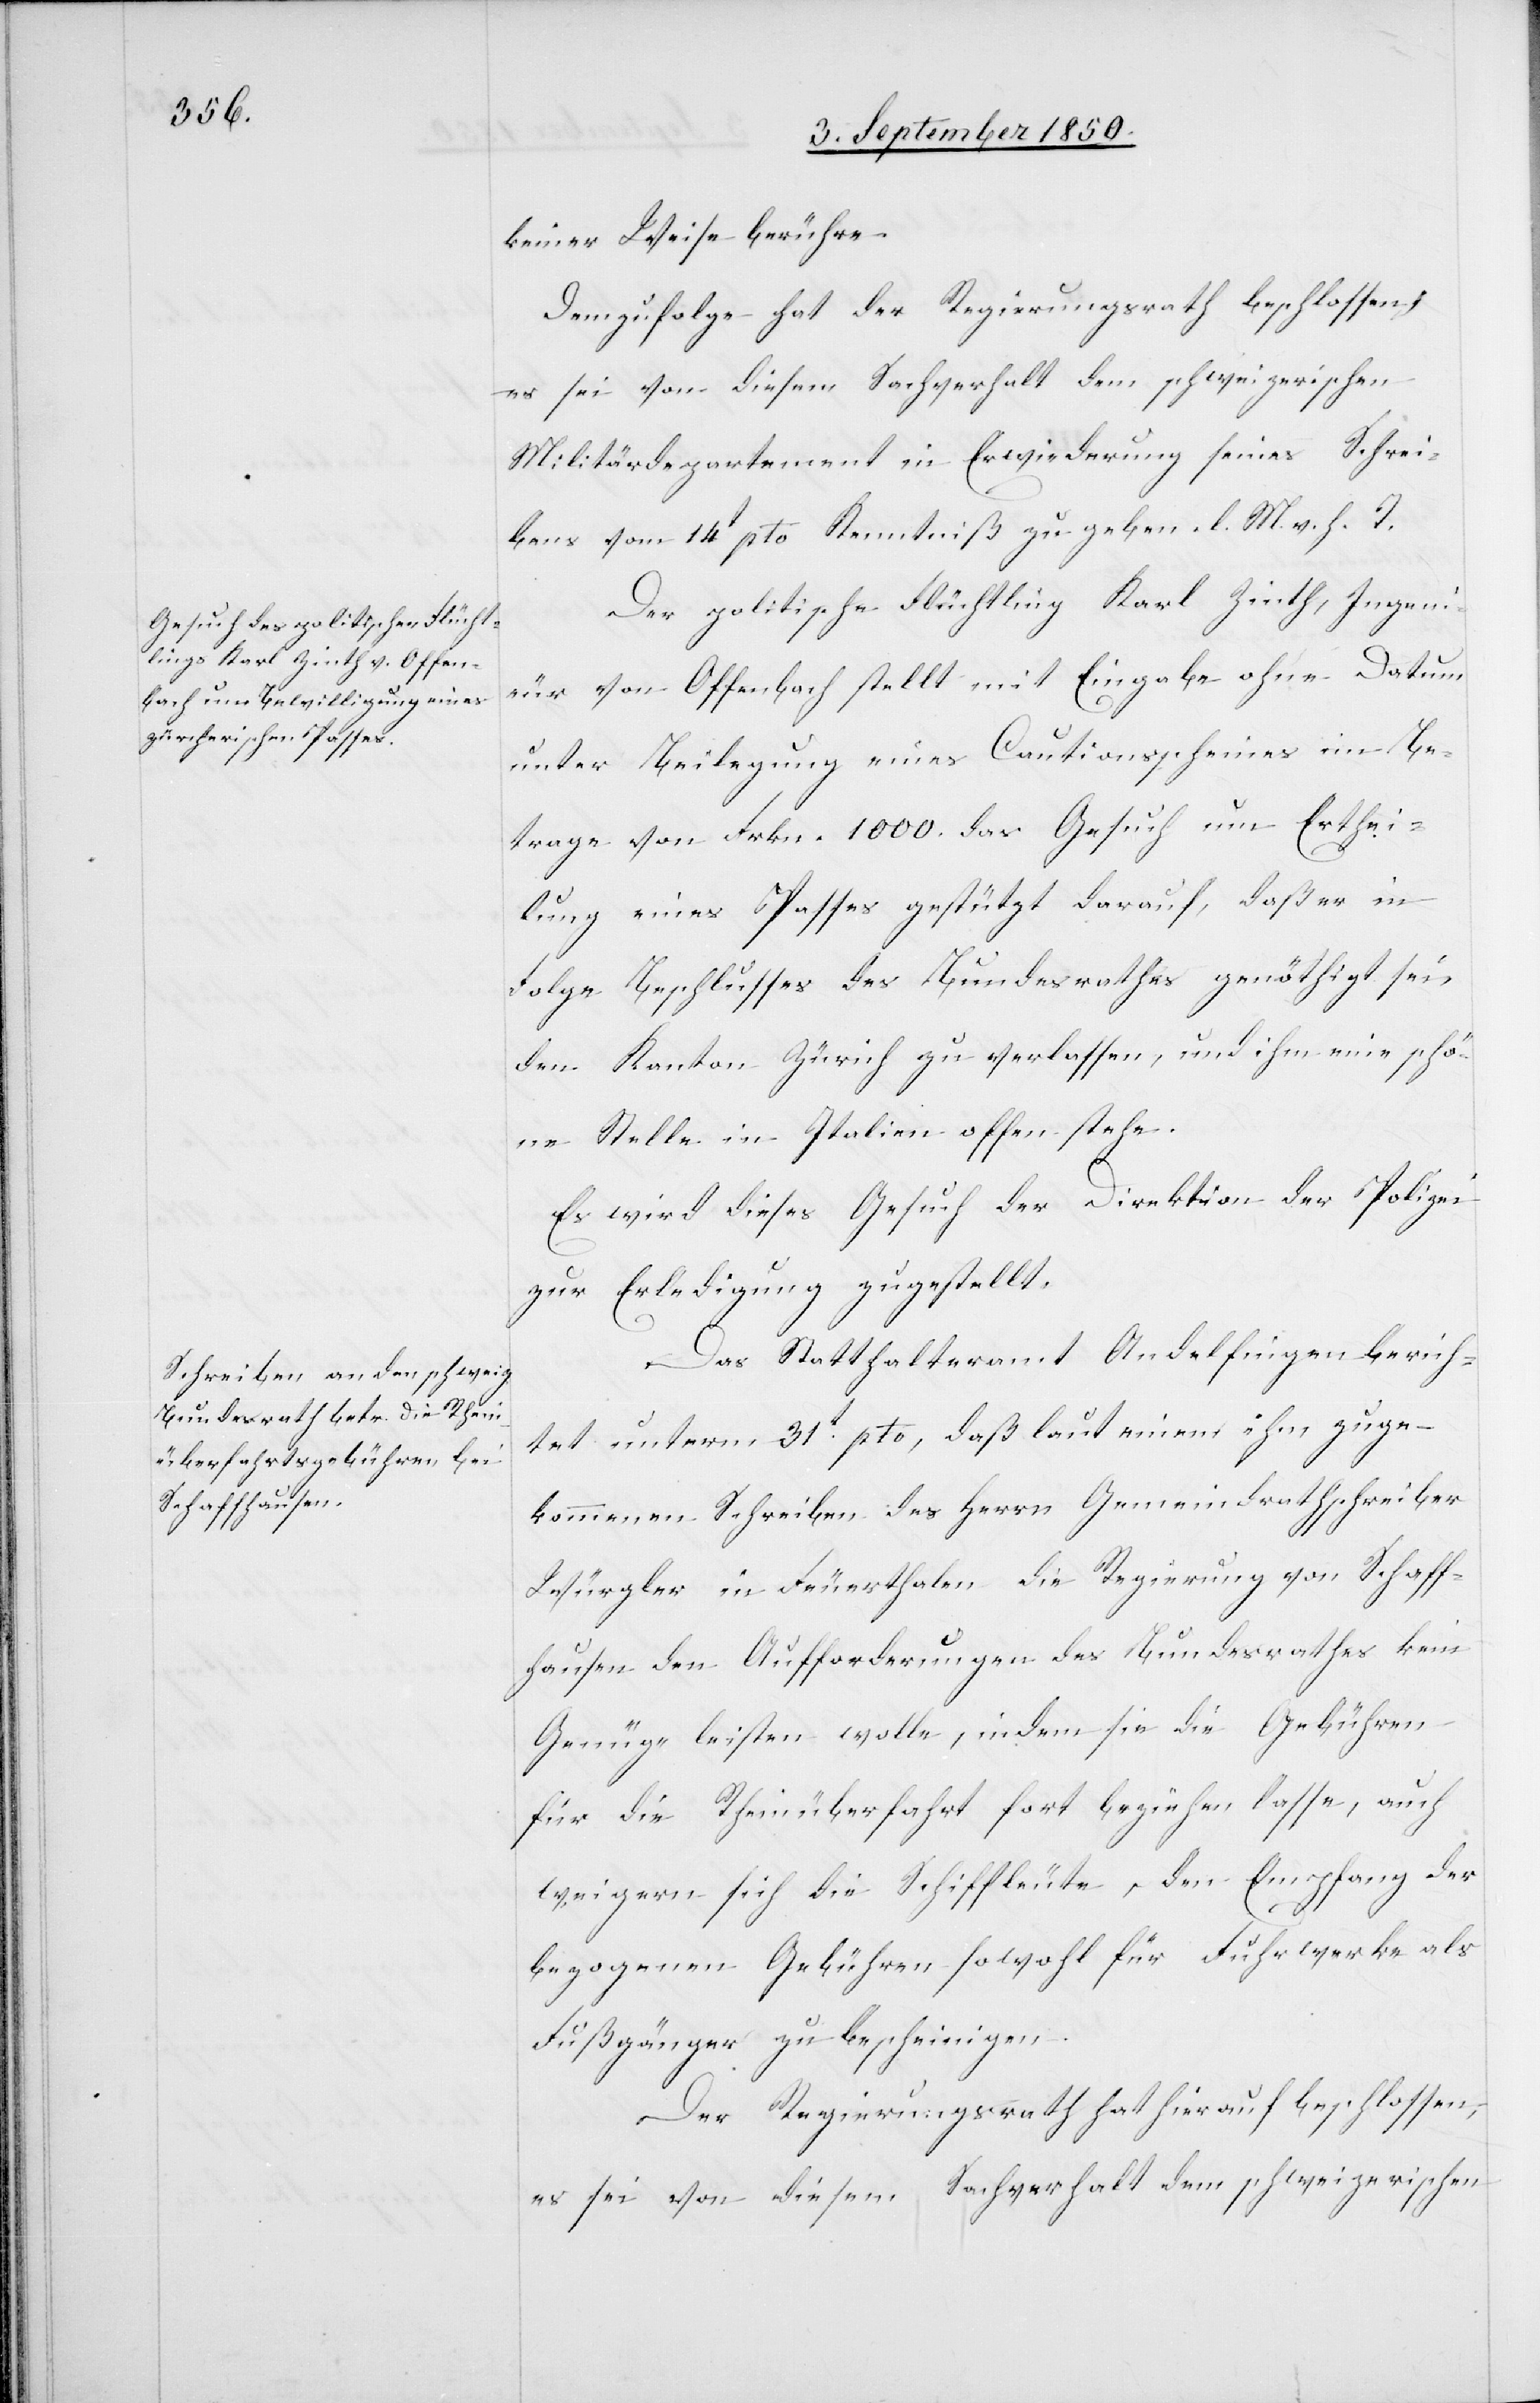
keiner Weise berühre.
Demzufolge hat der Regierungsrath beschlossen,
es sei von diesem Sachverhalt dem schweizerischen
Militärdepartement in Erwiederung seines Schrei¬
bens vom 14t pto Kenntniß zu geben. l. M. v. h. T.
Der politische Flüchtling Karl Zinth, Ingeni¬
eur von Offenbach stellt mit Eingabe ohne Datum
unter Beilegung eines Cautionsscheines im Be¬
trage von Frkn. 1000. das Gesuch um Erthei¬
lung eines Passes gestützt darauf, daß er in
Folge Beschlusses des Bundesrathes genöthigt sei,
den Kanton Zürich zu verlassen, und ihm eine schö¬
ne Stelle in Italien offen stehe.
Es wird dieses Gesuch der Direktion der Polizei
zur Erledigung zugestellt.
Das Statthalteramt Andelfingen berich¬
tet unterm 31t pto, daß laut einem ihm zuge¬
kommenen Schreiben des Herrn Gemeindrathschreiber
Würgler in Feuerthalen die Regierung von Schaff¬
hausen den Aufforderungen des Bundesrathes kein
Genüge leisten wolle, indem sie die Gebühren
für die Rheinüberfahrt fort beziehen lasse, auch
weigern sich die Schiffleute, den Empfang der
bezogenen Gebühren sowohl für Fuhrwerke als
Fußgänger zu bescheinigen.
Der Regierungsrath hat hierauf beschlossen,
es sei von diesem Sachverhalt dem schweizerischen